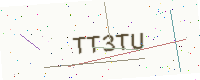
Text: TT3TU